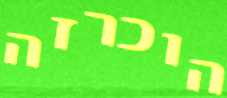
הוכרזה